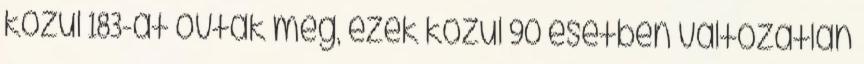
közül 183-at óvtak meg, ezek közül 90 esetben változatlan